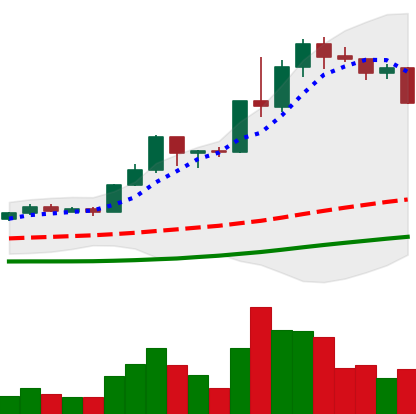
Ticker: LINK-USD
Chart end date: 2020-07-20
Forward return: 5.291%
Label: up_5_7